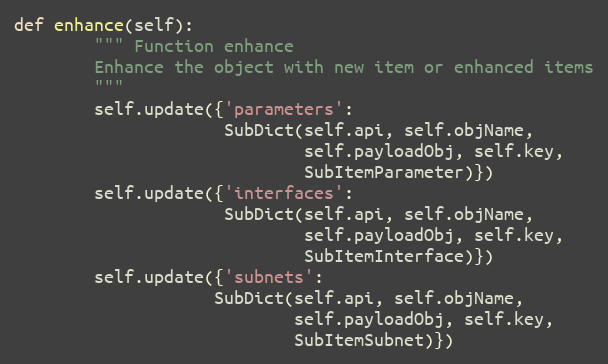
Language: Python
def enhance(self):
        """ Function enhance
        Enhance the object with new item or enhanced items
        """
        self.update({'parameters':
                     SubDict(self.api, self.objName,
                             self.payloadObj, self.key,
                             SubItemParameter)})
        self.update({'interfaces':
                     SubDict(self.api, self.objName,
                             self.payloadObj, self.key,
                             SubItemInterface)})
        self.update({'subnets':
                    SubDict(self.api, self.objName,
                            self.payloadObj, self.key,
                            SubItemSubnet)})